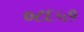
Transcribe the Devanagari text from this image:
०८६५१